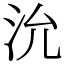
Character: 沇